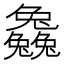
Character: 𠓗